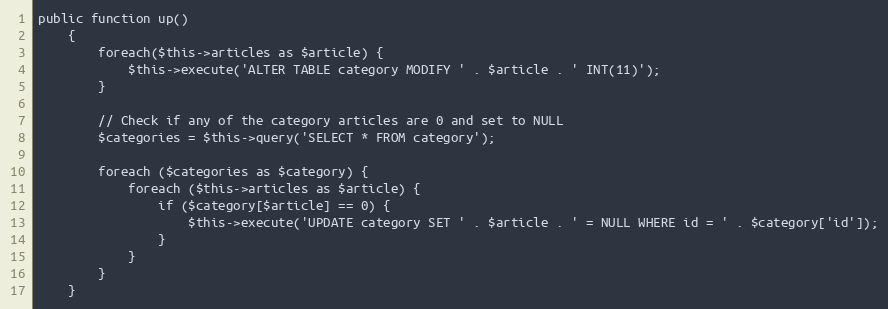
Language: PHP
public function up()
    {
		foreach($this->articles as $article) {
			$this->execute('ALTER TABLE category MODIFY ' . $article . ' INT(11)');
		}

		// Check if any of the category articles are 0 and set to NULL
		$categories = $this->query('SELECT * FROM category');

		foreach ($categories as $category) {
			foreach ($this->articles as $article) {
				if ($category[$article] == 0) {
					$this->execute('UPDATE category SET ' . $article . ' = NULL WHERE id = ' . $category['id']);
				}
			}
		}
    }